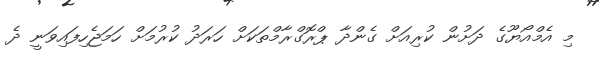
މި އެމްއޯޔޫގެ ދަށުން ކުރިއަށް ގެންދާ ޕްރޮގްރާމްތަކަށް ހަރަދު ކުރުމަށް ހަމަޖެހިފައިވަނީ ދެ